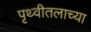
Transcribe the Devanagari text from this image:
पृथ्वीतलाच्या